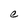
Character: e